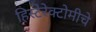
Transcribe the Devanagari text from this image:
हिस्टेरेक्टोमीचे